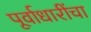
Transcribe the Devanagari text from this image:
पूर्वाधारींचा